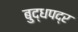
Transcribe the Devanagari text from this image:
बुद्धपद्र